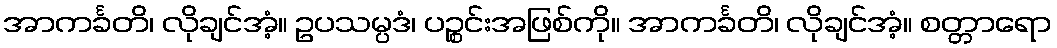
အာကင်္ခတိ၊ လိုချင်အံ့။ ဥပသမ္ပဒံ၊ ပဉ္စင်းအဖြစ်ကို။ အာကင်္ခတိ၊ လိုချင်အံ့။ စတ္တာရော